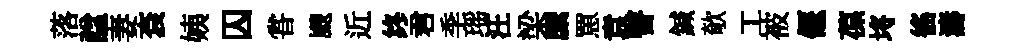
落諡妻袞姨囚甞颼近终君季瑶汪梁縻罳袁瞽鍼欹工被偃葆埓徭濤